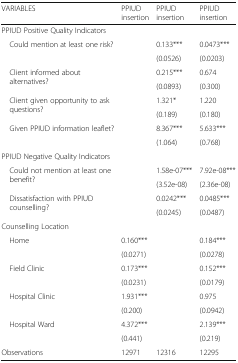
<table><thead><tr><td><b>VARIABLES</b></td><td><b>PPIUD insertion</b></td><td><b>PPIUD insertion</b></td><td><b>PPIUD insertion</b></td></tr></thead><tbody><tr><td colspan="4">PPIUD Positive Quality Indicators</td></tr><tr><td rowspan="2"> Could mention at least one risk?</td><td></td><td>0.133***</td><td>0.0473***</td></tr><tr><td></td><td>(0.0526)</td><td>(0.0203)</td></tr><tr><td rowspan="2"> Client informed about alternatives?</td><td></td><td>0.215***</td><td>0.674</td></tr><tr><td></td><td>(0.0893)</td><td>(0.300)</td></tr><tr><td rowspan="2"> Client given opportunity to ask questions?</td><td></td><td>1.321*</td><td>1.220</td></tr><tr><td></td><td>(0.189)</td><td>(0.180)</td></tr><tr><td rowspan="2"> Given PPIUD information leaflet?</td><td></td><td>8.367***</td><td>5.633***</td></tr><tr><td></td><td>(1.064)</td><td>(0.768)</td></tr><tr><td colspan="4">PPIUD Negative Quality Indicators</td></tr><tr><td rowspan="2"> Could not mention at least one benefit?</td><td></td><td>1.58e-07***</td><td>7.92e-08***</td></tr><tr><td></td><td>(3.52e-08)</td><td>(2.36e-08)</td></tr><tr><td rowspan="2"> Dissatisfaction with PPIUD counselling?</td><td></td><td>0.0242***</td><td>0.0485***</td></tr><tr><td></td><td>(0.0245)</td><td>(0.0487)</td></tr><tr><td colspan="4">Counselling Location</td></tr><tr><td rowspan="2"> Home</td><td>0.160***</td><td></td><td>0.184***</td></tr><tr><td>(0.0271)</td><td></td><td>(0.0278)</td></tr><tr><td rowspan="2"> Field Clinic</td><td>0.173***</td><td></td><td>0.152***</td></tr><tr><td>(0.0231)</td><td></td><td>(0.0179)</td></tr><tr><td rowspan="2"> Hospital Clinic</td><td>1.931***</td><td></td><td>0.975</td></tr><tr><td>(0.200)</td><td></td><td>(0.0942)</td></tr><tr><td rowspan="2"> Hospital Ward</td><td>4.372***</td><td></td><td>2.139***</td></tr><tr><td>(0.441)</td><td></td><td>(0.219)</td></tr><tr><td>Observations</td><td>12971</td><td>12316</td><td>12295</td></tr></tbody></table>